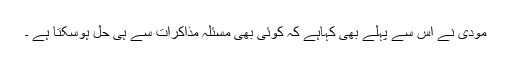
مودی نے اس سے پہلے بھی کہاہے کہ کوئی بھی مسئلہ مذاکرات سے ہی حل ہوسکتا ہے ۔